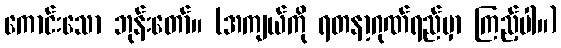
ကောင်းသော ဘုန်းတော်။ (အကျယ်ကို ရတနာ့ဂုဏ်ရည်မှာ ကြည့်ပါ။)